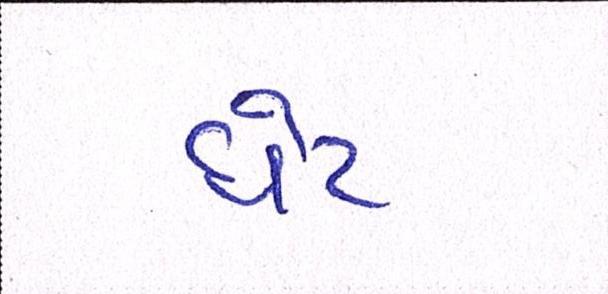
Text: ધેટ